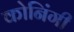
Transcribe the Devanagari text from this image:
कोनिंगी